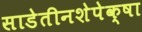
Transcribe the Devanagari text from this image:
साडेतीनशेपेक्षा